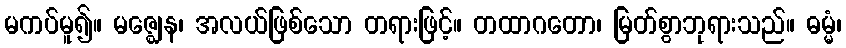
မကပ်မူ၍။ မဇ္ဈေန၊ အလယ်ဖြစ်သော တရားဖြင့်။ တထာဂတော၊ မြတ်စွာဘုရားသည်။ ဓမ္မံ၊